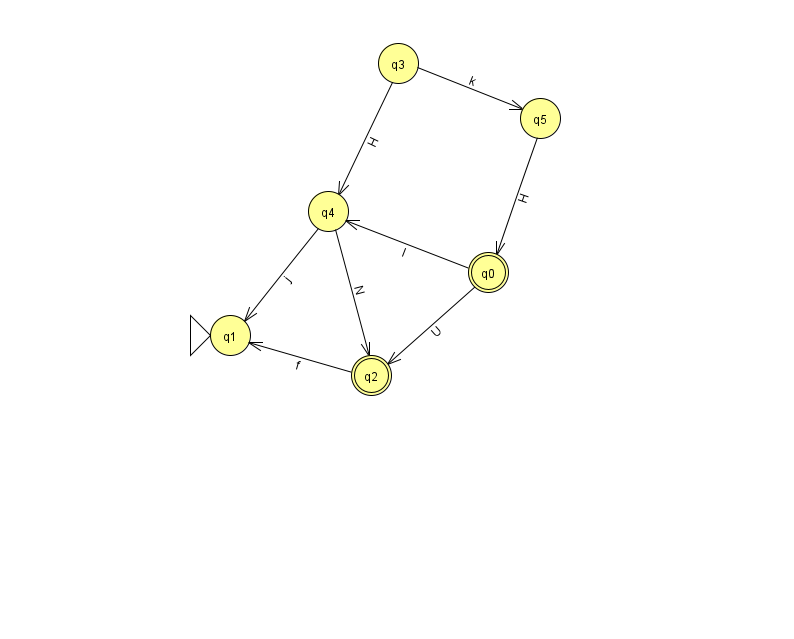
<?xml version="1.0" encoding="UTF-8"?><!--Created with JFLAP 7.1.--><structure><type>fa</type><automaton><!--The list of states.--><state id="0" name="q0"><x>488.0</x><y>259.0</y><final/></state><state id="1" name="q1"><x>230.0</x><y>322.0</y><initial/></state><state id="2" name="q2"><x>371.0</x><y>362.0</y><final/></state><state id="3" name="q3"><x>398.0</x><y>50.0</y></state><state id="4" name="q4"><x>328.0</x><y>198.0</y></state><state id="5" name="q5"><x>540.0</x><y>105.0</y></state><!--The list of transitions.--><transition><from>0</from><to>2</to><read>U</read></transition><transition><from>4</from><to>1</to><read>j</read></transition><transition><from>3</from><to>5</to><read>k</read></transition><transition><from>3</from><to>4</to><read>H</read></transition><transition><from>5</from><to>0</to><read>H</read></transition><transition><from>0</from><to>4</to><read>I</read></transition><transition><from>2</from><to>1</to><read>f</read></transition><transition><from>4</from><to>2</to><read>N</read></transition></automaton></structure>